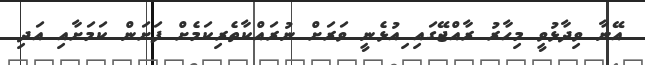
އޭނާ ވިދާޅުވީ މިހާރު ރާއްޖޭގައި ިއުޅެނީ ވަރަށް ނުރައްކާތެރިކަމެށް ފަށަން ކަމަށާއި އަދި